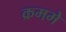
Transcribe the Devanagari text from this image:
क्रममे